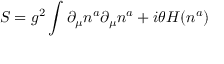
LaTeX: S = g ^ { 2 } \int \partial _ { \mu } n ^ { a } \partial _ { \mu } n ^ { a } + i \theta H ( n ^ { a } )